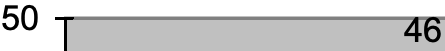
50           46